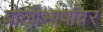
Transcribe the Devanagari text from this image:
बोलीभाषांवर